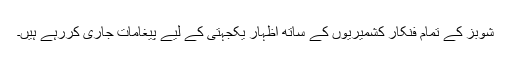
شوبز کے تمام فنکار کشمیریوں کے ساتھ اظہار یکجہتی کے لیے پیغامات جاری کررہے ہیں۔